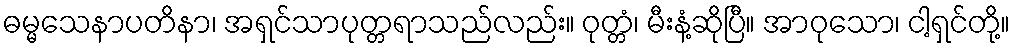
ဓမ္မသေနာပတိနာ၊ အရှင်သာပုတ္တရာသည်လည်း။ ဝုတ္တံ၊ မီးနံ့ဆိုပြီ။ အာဝုသော၊ ငါ့ရှင်တို့။